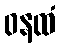
ဝနထံ